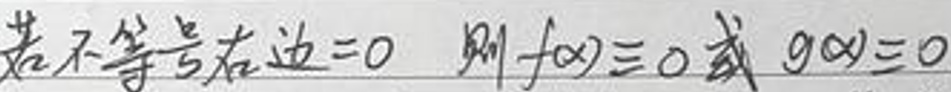
若不等式右边 = 0，则 $f(x)\equiv0$ 或 $g(x)\equiv0$